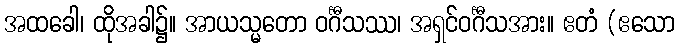
အထခေါ၊ ထိုအခါ၌။ အာယသ္မတော ဝင်္ဂီသဿ၊ အရှင်ဝင်္ဂီသအား။ ဧတံ (ဧသော